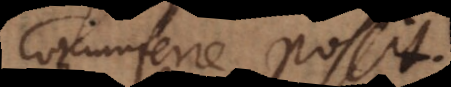
conferre possit